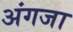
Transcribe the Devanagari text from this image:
अंगजा